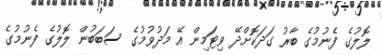
ލޮލުގެ ފެނުމުގެ ބާރު ގަދަކޮށްދޭ ވިޓަމިން އޭ މަދުވުމުގެ ސަބަބުން ލޮލުގެ ފެނުމުގެ